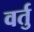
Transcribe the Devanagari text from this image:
वर्तु